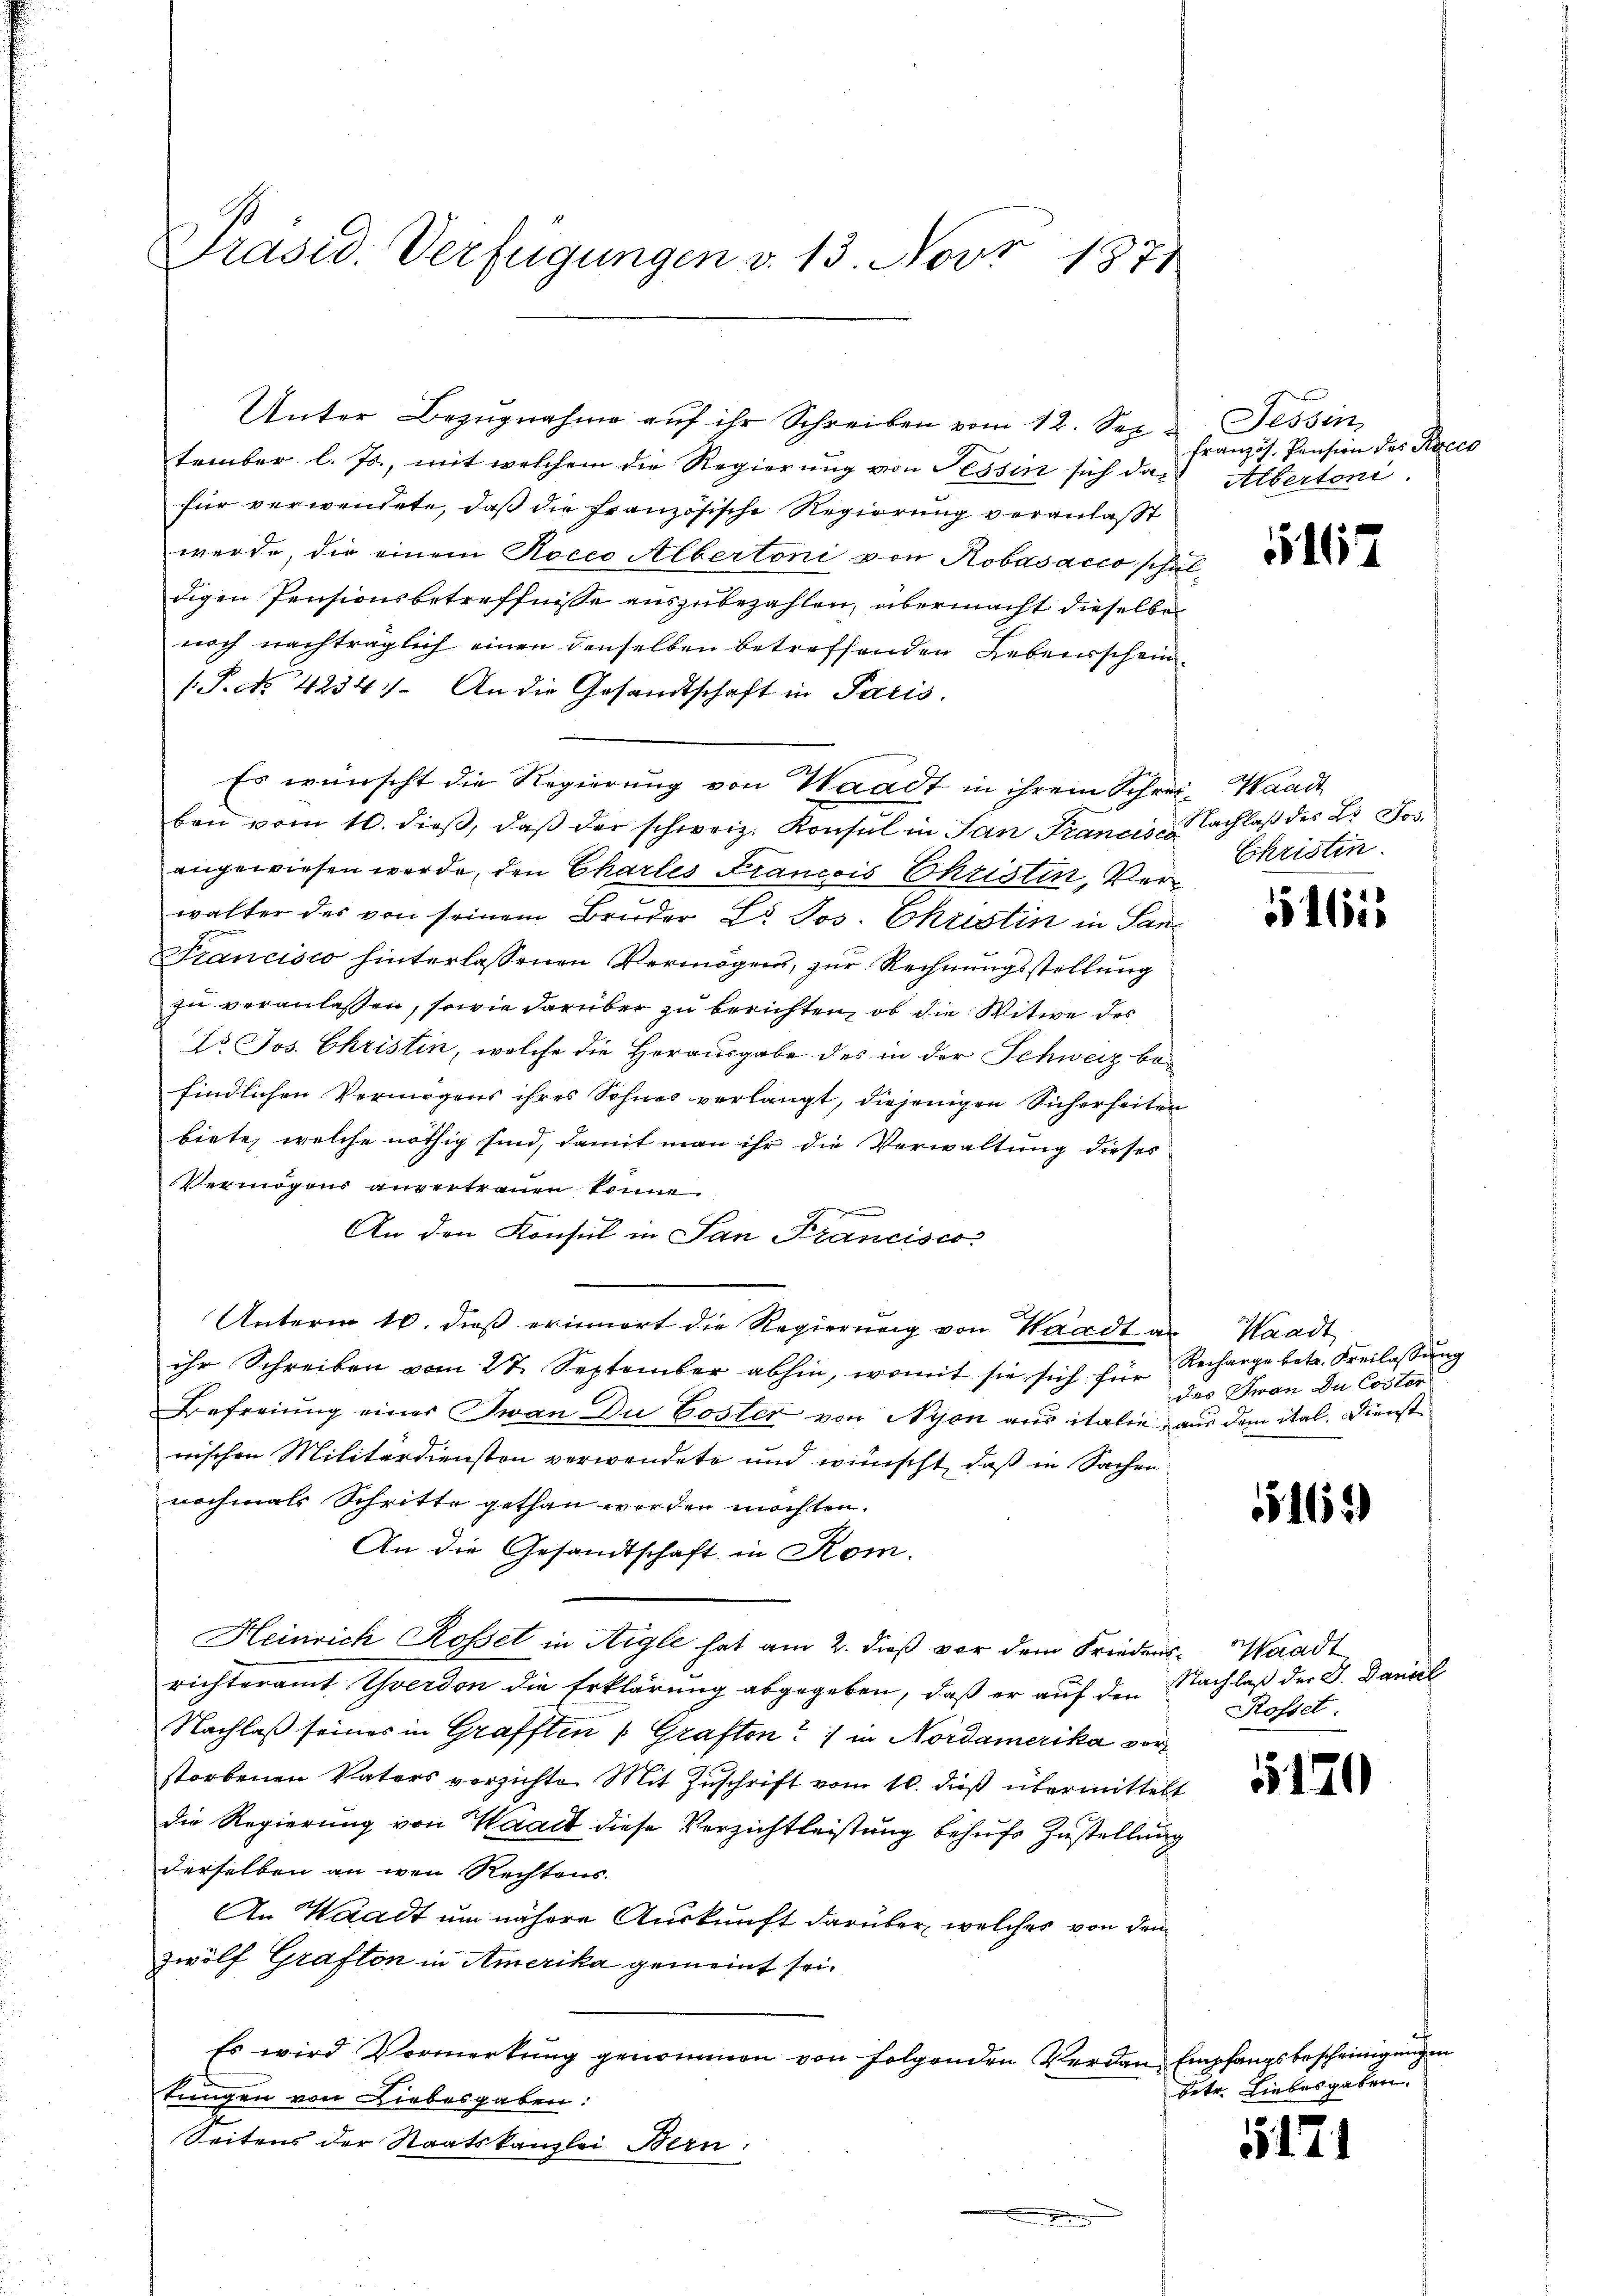
Präsid. Verfügungen v. 13. Nov. 1871

tember l. Js., mit welchem die Regierung von Tessin sich das Albertoni
für verwendete, daß die französische Regierung veranlaßt
werde, die einem Roceo Albertoni von Robasacco schuldigen Pensionsbetreffnisse auszubezahlen, übermacht dieselbe
noch nachträglich einen denselben betreffenden Lebensschein¬
(P. No. 4234. An die Gesandtschaft in Paris.
Es wünscht die Regierung von Waadt in ihrem Schrei- Waadt
ben vom 10. dieβ, daβ der schweiz. Konsul in San Francise Nachlaß des L. Jos.
angewiesen werde, den Charles Francois Christin, Verwalter des von seinem Bruder L. Jos. Christin in San¬
Francisco hinterlassenen Vermögens, zur Rechnungsstellung
zu veranlassen, sowie darüber zu berichten, ob die Witwe des
Dr. Jos. Christin, welche die Herausgabe des in der Schweiz befindlichen Vermögens ihres Sohnes verlangt, diejenigen Sicherheiten
biete, welche nöthig sind, damit man ihr die Verwaltung dieses
Vermögens anvertrauen könne.
An den Konsul in San Francisco,
Unterm 16. dieß erinnert die Regierung von Waadt an Waadt
ihr Schreiben vom 27. September abhin, womit sie sich für Recharge betr. Freilassŭng
Befreiung einer Iwan Du Coster von Nyon aus italie, aus dem ital. Dienst
wischen Militärdiensten verwendete und wünscht, daß in Sachen
nochmals Schritte gethan werden möchten.
An die Gesandtschaft in Rom.
Heinrich Rosset in Aigle hat am 2. dieß vor dem Friedens- Waadt
richteramt Yverdon die Erklärung abgegeben, daß er auf den Nachlaß der J. Daniel
Nachlaß seines in Grafften Graften?  in Nordamerika vorstorbenen Vaters versichte Mit Zuschrift vom 10. dieß übermittelt
die Regierung von Waadt diese Verzichtleistung behufs Zustellung
derselben an wen Rechtens
An Waadt um nähere Auskunft darüber, welches von dem
zwölf Grafton in Amerika gemeint sei.
Es wird Vormerkung genommen von folgenden Verdan Empfangsbescheinigung
tungen von Liebesgaben:
Seitens der Staatskanzlei Bern:

Unter Bezŭgnahme aŭf ihr Schreiben vom 12. Sep. Tessin,

französ. Pension des Sacco

516

Ehristin

51615

des Jwan Du Coster

162

Rosset.

12

betr. Liebesgaben.

5171